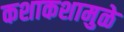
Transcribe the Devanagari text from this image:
कशाकशामुळे